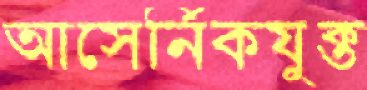
আসের্নিকযুক্ত